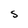
Character: S